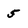
Character: 5